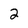
Character: 2